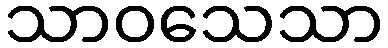
သာဝသေသာ